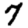
Digit: 7